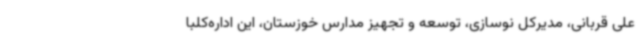
علی قربانی، مدیرکل نوسازی، توسعه و تجهیز مدارس خوزستان، این اداره‌کلبا